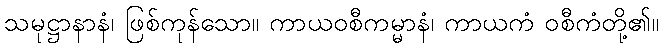
သမုဋ္ဌာနာနံ၊ ဖြစ်ကုန်သော။ ကာယဝစီကမ္မာနံ၊ ကာယကံ ဝစီကံတို့၏။